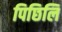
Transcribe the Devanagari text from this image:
पिछिलि